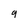
Character: q